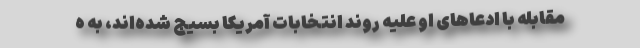
مقابله با ادعاهای او علیه روند انتخابات آمریکا بسیج شده‌اند، به ه